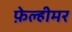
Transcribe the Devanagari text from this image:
फ़ेल्हीमर